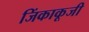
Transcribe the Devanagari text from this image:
जिंकाकूजी